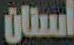
أستان